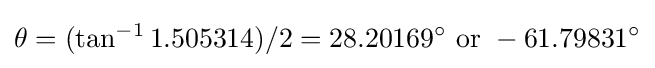
\theta =(\tan ^{-1}1.505314)/2=28.20169^{\circ }{\text{ or }}-61.79831^{\circ }